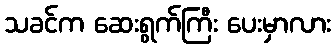
သခင်က ဆေးရွက်ကြီး ပေးမှာလား